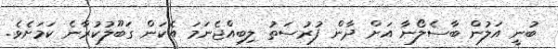
ބުނީ އަލުން ބާސެލޯނާ އަށް ދާން ފުރުސަތު ލިބިއްޖެނަމަ އެކަން ގަބޫލުކުރާނެ ކަމަށެވެ.